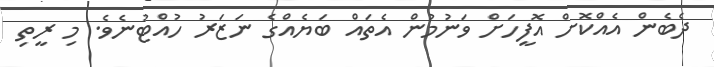
ދެބެން އެއްކޮށް އޮފީހަށް ވަނުމުން އެތައް ބަޔެއްގެ ނަޒަރު ހުއްޓުނެވެ. މި ރީތި